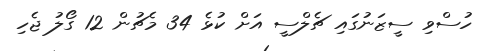
ހުސްވި ސީޒަނުގައި ޗެލްސީ އަށް ކުޅެ 34 މެޗުން 12 ގޯލު ޖެހި